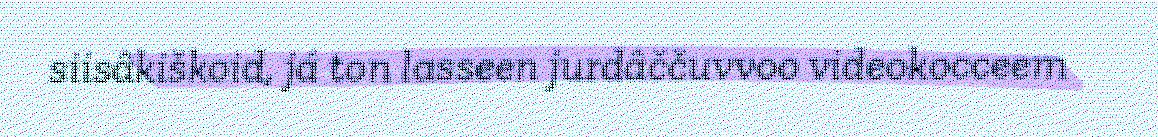
siisâkiškoid, já ton lasseen jurdâččuvvoo videokocceem